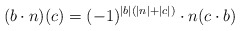
\begin{align*}(b\cdot n) (c) = (-1)^{|b|(|n|+|c|)}\cdot n(c\cdot b)\end{align*}